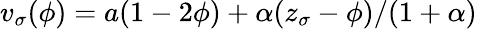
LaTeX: v_{\sigma}(\phi)=a(1-2\phi)+\alpha(z_{\sigma}-\phi)/(1+\alpha)